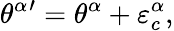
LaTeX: {\theta^{\alpha}}{}^{\prime}={\theta^{\alpha}}+\varepsilon_{c}^{\alpha},